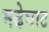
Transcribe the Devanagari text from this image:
मढेघाट